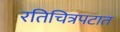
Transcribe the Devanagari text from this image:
रतिचित्रपटात